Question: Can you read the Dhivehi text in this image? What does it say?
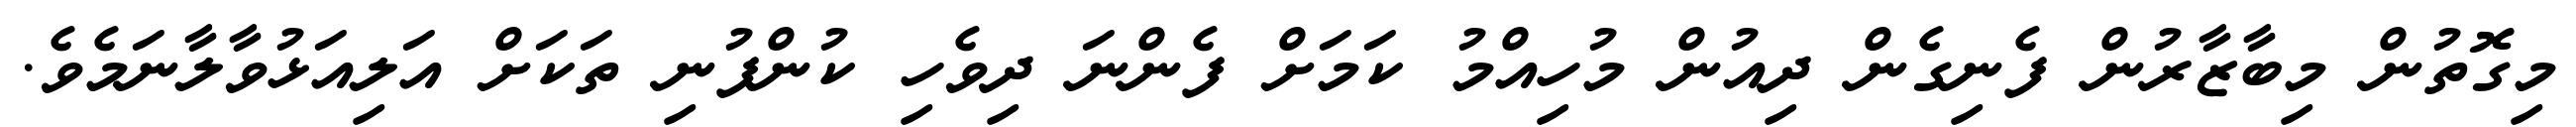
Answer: މިގޮތުން މިބާޒާރުން ފެނިގެން ދިއުން މުހިއްމު ކަމަށް ފެންނަ ދިވެހި ކުންފުނި ތަކަށް އަލިއަޅުވާލާނަމެވެ.